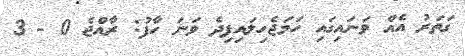
ގަތަރު އެއް ވަނައިގައި ހަަަމަޖެހިލައިފިދެ ވަނަ ހާފު: ރާއްޖެ 0 - 3